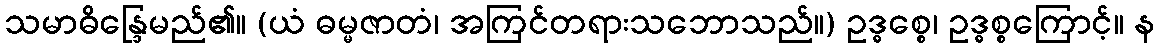
သမာဓိန္ဒြေမည်၏။ (ယံ ဓမ္မဇာတံ၊ အကြင်တရားသဘောသည်။) ဥဒ္ဓစ္စေ၊ ဥဒ္ဓစ္စကြောင့်။ န